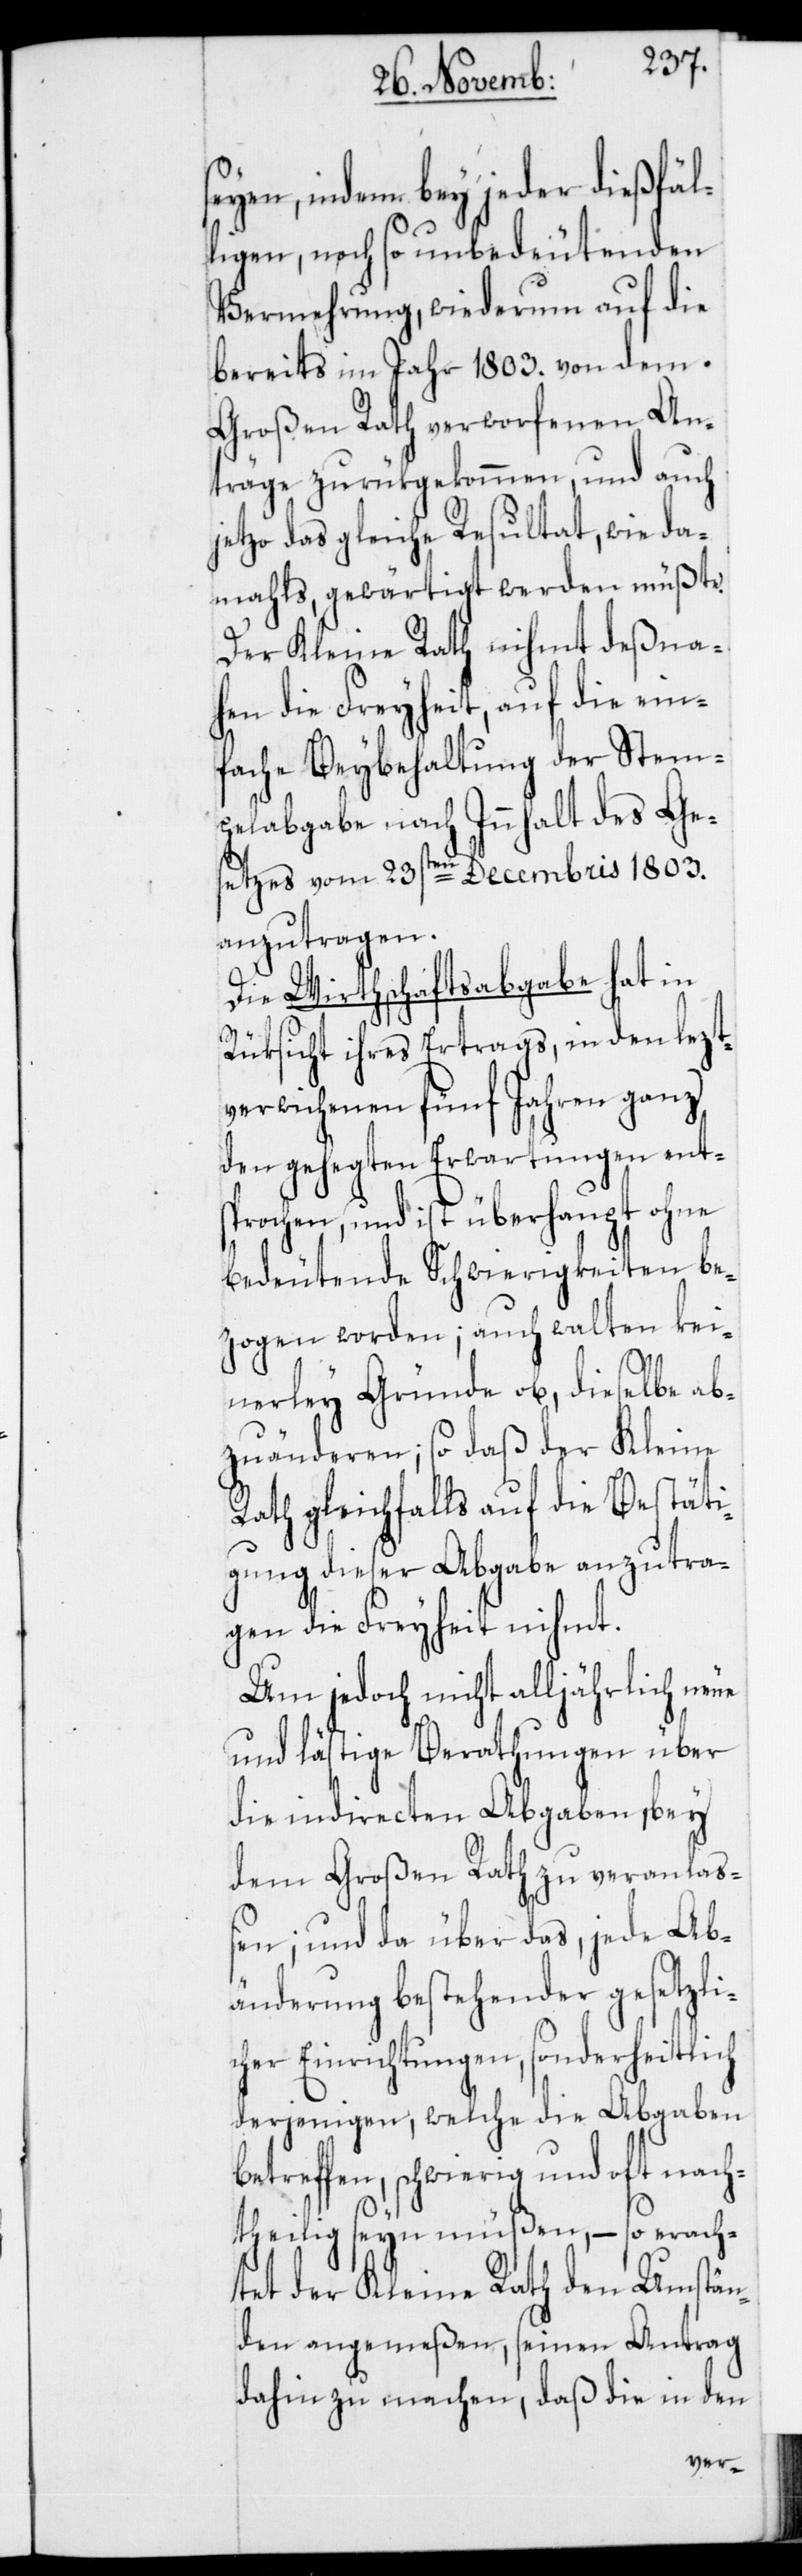
seyen, indem bey jeder dießfäl¬
ligen, noch so unbedeutenden
Vermehrung, wiederum auf die
bereits im Jahr 1803. von dem
Großen Rath verworfenen An¬
träge zurükgekommen, und auch
jetzo das gleiche Resultat wie da¬
mahls, gewärtigt werden müßte.
Der Kleine Rath nihmt deßna¬
hen die Freyheit, auf die ein¬
fache Beybehaltung der Stem¬
pelabgabe nach Innhalt des Ge¬
setzes vom 23sten Decembris 1803.
anzutragen.
Die Wirthschaftsabgabe hat in
Rüksicht ihres Ertrags, in den lezt¬
verwichenen fünf Jahren ganz
den gehegten Erwartungen ent¬
sprochen, und ist überhaupt ohne
bedeutende Schwierigkeiten be¬
zogen worden; auch walten kei¬
nerley Gründe ob, dieselbe ab¬
zuänderen; so daß der Kleine
Rath gleichfalls auf die Bestäti¬
gung dieser Abgabe anzutra¬
gen die Freyheit nihmt.
Um jedoch nicht alljährlich neue
und lästige Berathungen über
die indirecten Abgaben, bey
dem Großen Rath zu veranlaß¬
en; und da über das, jede Ab¬
änderung bestehender gesetzli¬
cher Einrichtungen, sonderheitlich
derjenigen, welche die Abgaben
betreffen, schwierig und oft nach¬
theilig seyn müßen, – so erach¬
tet der Kleine Rath den Umstän¬
den angemeßen, seinen Antrag
dahin zu machen, daß die in den